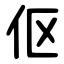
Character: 伛